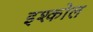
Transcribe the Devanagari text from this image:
इश्कोल